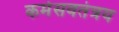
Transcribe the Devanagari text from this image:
कर्मसवतंत्रय